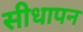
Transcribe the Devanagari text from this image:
सीधापन